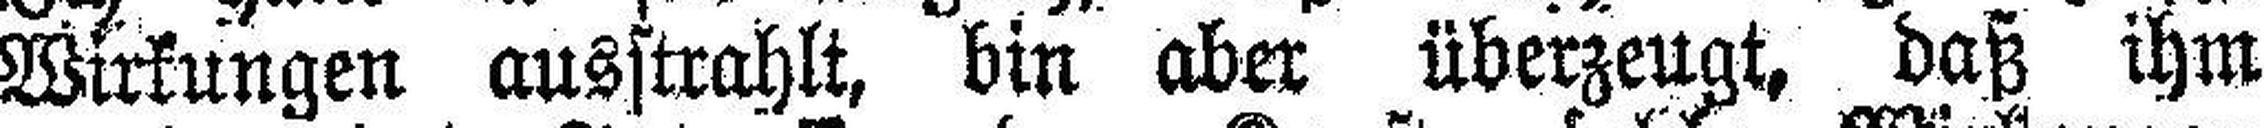
Wirkungen ausstrahlt, bin aber überzeugt, daß ihm